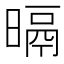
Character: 㬏